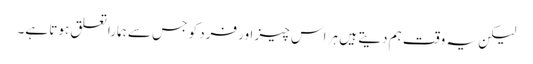
لیکن یہ وقت ہم دیتے ہیں ہر اس چیز اور فرد کو جس سے ہمارا تعلق ہوتا ہے۔